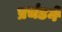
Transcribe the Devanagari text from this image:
प्रचंडने